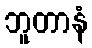
ဘူတာနံ